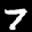
Label: 7